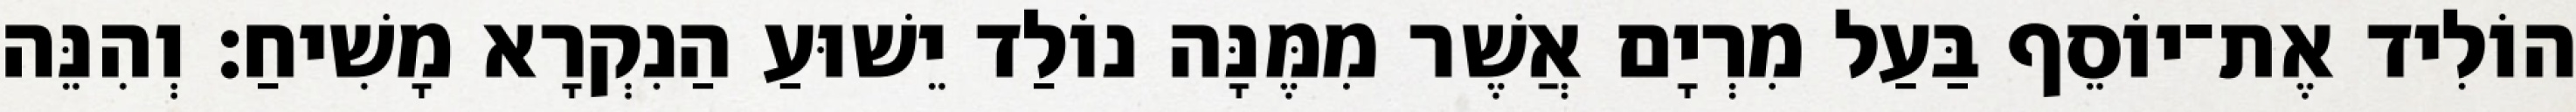
הוֹלִיד אֶת־יוֹסֵף בַּעַל מִרְיָם אֲשֶׁר מִמֶּנָּה נוֹלַד יֵשׁוּעַ הַנִקְרָא מָשִׁיחַ׃ וְהִנֵּה